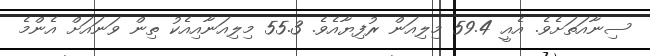
ސިނާއަތަށެވެ. އެއީ 59.4 މިލިއަން ރުފިޔާއެވެ. 55.3 މިލިއަނާއިއެކު ތިން ވަނައަށް އެންމެ